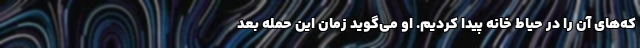
که‌های آن را در حیاط خانه پیدا کردیم. او می‌گوید زمان این حمله بعد